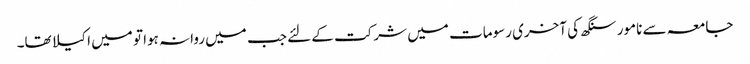
جامعہ سے نامور سنگھ کی آخری رسومات میں شرکت کے لئے جب میں روانہ ہوا تو میں اکیلا تھا۔